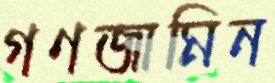
গণজামিন